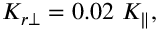
K _ { r \perp } = 0 . 0 2 ~ K _ { \parallel } ,